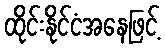
ထိုင်းနိုင်ငံအနေဖြင့်